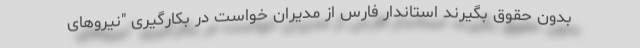
بدون حقوق بگیرند استاندار فارس از مدیران خواست در بکارگیری "نیروهای